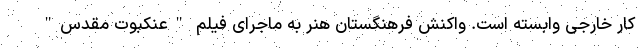
کار خارجی وابسته است. واکنش فرهنگستان هنر به ماجرای فیلم "عنکبوت مقدس"